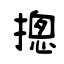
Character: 摠